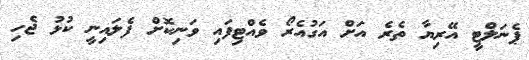
ޕެނަލްޓީ އޭރިޔާ ތެރެ އަށް އަގުއެރޯ ވެއްޓިފައި ވަނިކޮށް ފެލައިނީ ކުޅު ޖެހި